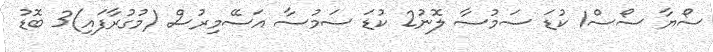
ސޯޔާ ސޯސް1 ކުޑަ ސަމުސާ ލޮނު2 ކުޑަ ސަމުސާ އަސޭމިރުސް (މުގުރާފައި)3 ބޮޑު